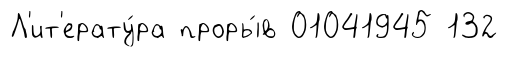
Л'ит'ерату́ра проры́в 01041945 132